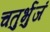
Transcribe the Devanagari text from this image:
चतुर्भुजं